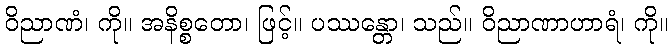
ဝိညာဏံ၊ ကို။ အနိစ္စတော၊ ဖြင့်။ ပဿန္တော၊ သည်။ ဝိညာဏာဟာရံ၊ ကို။